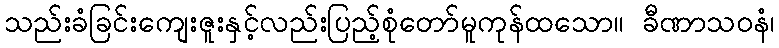
သည်းခံခြင်းကျေးဇူးနှင့်လည်းပြည့်စုံတော်မူကုန်ထသော။ ခီဏာသဝနံ၊